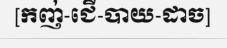
[កញ់-ជើ-បាយ-ដាច]